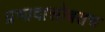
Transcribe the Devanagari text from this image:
प्रभावासोबतच